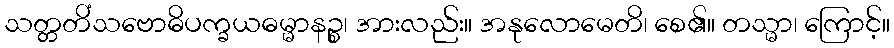
သတ္တတိံသဗောဓိပက္ခယဓမ္မာနဉ္စ၊ အားလည်း။ အနုလောမေတိ၊ စေ၏။ တသ္မာ၊ ကြောင့်။